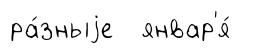
ра́зныjе январ'я́